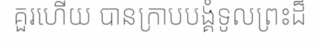
គួរហើយ បានក្រាបបង្គំទូលព្រះដ៏